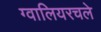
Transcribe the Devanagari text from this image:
ग्वालियरचले